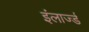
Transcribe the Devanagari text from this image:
इंलार्ज्ड